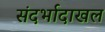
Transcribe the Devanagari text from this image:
संदर्भादाखल